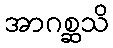
အာဂစ္ဆသိ